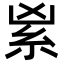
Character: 𥾜